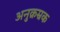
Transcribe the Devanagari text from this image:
अनुक्रम्रक